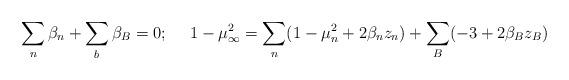
LaTeX: \begin{align*}\sum_n\beta_n +\sum_b\beta_B=0;~~~~1-\mu ^2_\infty = \sum_n(1-\mu _n^2+2\beta_n z_n) + \sum_B (-3 +2\beta_B z_B)\end{align*}